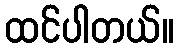
ထင်ပါတယ်။